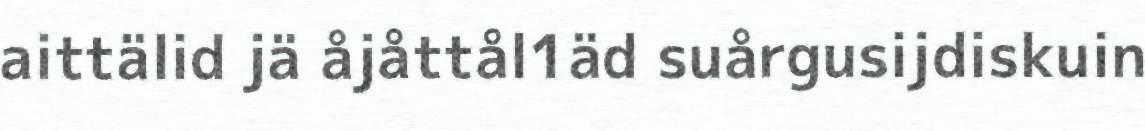
aittälid jä åjåttål1äd suårgusijdiskuin